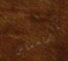
الكريسماس